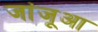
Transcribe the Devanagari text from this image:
जांजूआ